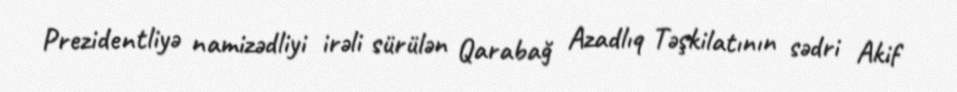
Prezidentliyə namizədliyi irəli sürülən Qarabağ Azadlıq Təşkilatının sədri Akif